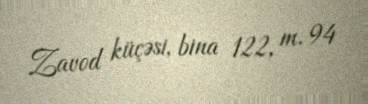
Zavod küçəsi, bina 122, m. 94